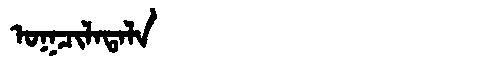
Manchu: ᠣᡴᠴᡳᠯᠠᡨᠠᠯᠠ
Romanization: OKCILATALA